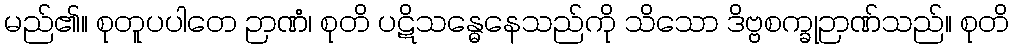
မည်၏။ စုတူပပါတေ ဉာဏံ၊ စုတိ ပဋိသန္ဓေနေသည်ကို သိသော ဒိဗ္ဗစက္ခုဉာဏ်သည်။ စုတိ